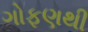
ગોફણથી